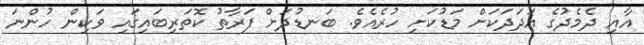
އާއި ދެމެދުގެ އަދަދަކަށް މަޑުކަށި ހުރެއެވެ. ބަނޑުދަށް ފަރާތު ކޮތަރިބައިގައި ވަކިން ހުންނަ